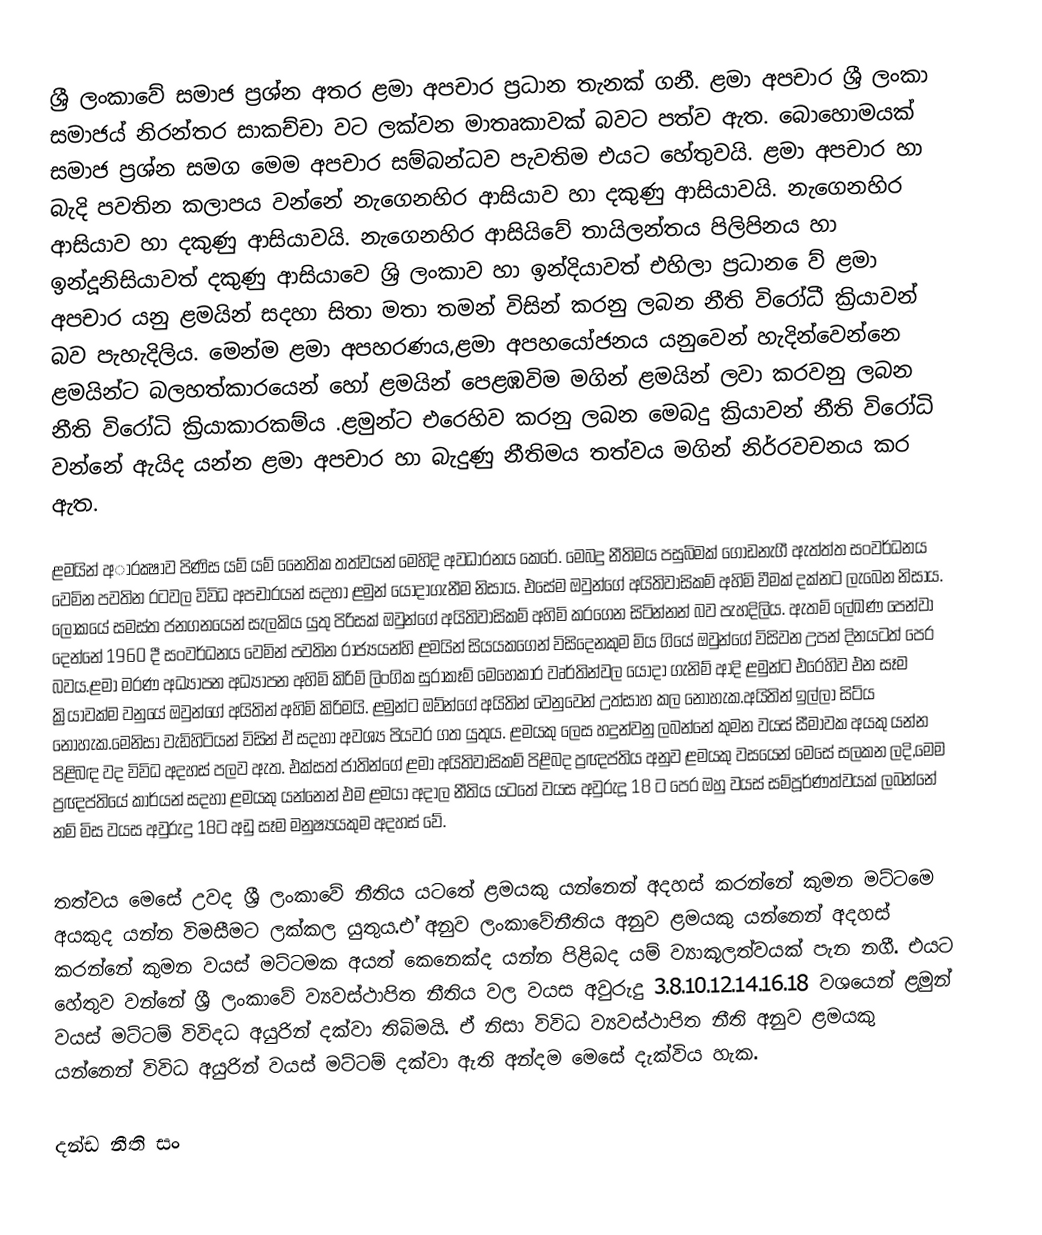
ශ්‍රී ලංකාවේ සමාජ ප්‍රශ්න අතර ළමා අපචාර ප්‍රධාන තැනක් ගනී. ළමා අපචාර ශ්‍රී ලංකා සමාජය් නිරන්තර සාකච්චා වට ලක්වන මාතෘකාවක් බවට පත්ව ඇත. බොහොමයක් සමාජ ප්‍රශ්න සමග මෙ‍ම අපචාර සම්බන්ධව පැවතිම එයට හේතුවයි. ළමා අපචාර හා බැදි පවතින කලාපය වන්නේ නැගෙනහිර ආසියාව හා දකුණු ආසියාවයි. නැගෙනහිර ආසියාව හා දකුණු ආසියාවයි. නැගෙනහිර ආසියිවේ තායිලන්තය පිලිපිනය හා ඉන්දූනිසියාවත් දකුණු ආසියාවෙ ශ්‍රි ලංකාව හා ඉන්දියාවත් එහිලා ප්‍රධාන ෙව් ළමා අපචාර යනු ළමයින් සදහා සිතා මතා තමන්  විසින් කරනු ලබන නීති විරෝධී ක්‍රියාවන් බව පැහැදිලිය. මෙන්ම ළමා අපහරණය,ළමා අපහයෝජනය යනුවෙන් හැදින්වෙන්නෙ ළමයින්ට බලහත්කාරයෙන්  හෝ ළමයින් පෙළඹවිම මගින් ළමයින් ලවා කරවනු ලබන නීති විරෝධි ක්‍රියාකාරකම්ය .ළමුන්ට ‍එරෙහිව කරනු ලබන මෙබදු ක්‍රියාවන් නීති විරෝධි වන්නේ ඇයිද යන්න ළමා අපචාර හා බැදුණු නීතිමය තත්වය මගින් නිර්‍රවචනය කර ඇත.

ළමයින් අාරක්‍ෂාව පිණිස යම්‍ යම්‍ නෛතික තත්වයන් මෙහිදි අවධාරනය කෙරේ. මෙබදු නීතිමය පසුබිමක් ගොඩනැගී ඇත්ත්‍ත සංවර්ධනය වෙමින පවතින රටවල විවිධ අපචාරයන් සදහා ළමුන් යොදාගැනීම නිසාය. එසේම ඔවුන්ගේ අයිතිවාසිකම්‍ අහිමි වීමක් දක්නට ලැබෙන නිසාය. ලෝකයේ සමස්ත ජනගනයෙන් සැලකිය යුතු පිරිසක් ඔවුන්ගේ අයිතිවාසිකම්‍ අහිමි කරගෙන සිටින්නන් බව පැහදිලිය. ඇතම්‍ ලේඛණ‍ පෙන්වා දෙන්නේ 1960 දී සංවර්ධනය වෙමින් පවතින රාජ්‍යයන්හි ළමයින් සියයකගෙන් විසිදෙනකුම මිය ගියේ ඔවුන්ගේ විසිවන උපන් දිනයටත් පෙර බවය.ළමා මරණ අධ්‍යාපන අධ්‍යාපන අහිමි කිරිම්‍ ලිංගික සුරාකෑම්‍ මෙහෙකාර වෘර්තින්වල යොදා ‍ගැනිම්‍ ආදි ළමුන්ට එරෙහිව එන සෑම ක්‍රියාවක්ම වනුයේ ඔවුන්ගේ අයිතින් අහිමි කිරිමයි. ළමුන්ට ඔව්න්ගේ අයිතින් වෙනුවෙන් උත්සාහ කල නොහැක.අයිතින් ඉල්ලා සිට්ය නොහැක.මෙනිසා වැඩිහිටියන් විසින් ඒ සදහා අවශ්‍ය පියවර ගත යුතුය. ළමයකු ලෙස හදුන්වනු ලබන්නේ කුමන වයස් සීමාවක අයකු යන්න පිළිබඳ වද විවිධ අදහස් පලව ඇත. එක්සත් ජාතින්ගේ ළමා අයිතිවාසිකම්‍ පිළිබද ප්‍රඥප්තිය අනුව ළමයකු වසයෙන් මෙසේ සලකන ලදි,මෙම ප්‍රඥප්තියේ කාර්යන් සදහා ළමයකු  යන්නෙන් එම ළමයා අදාල නීතිය යටතේ වයස අවුරුදූ 18 ට  පෙර ඔහු වයස් සම්‍පූර්ණත්වයක් ලබන්නේ නම්‍ මිස වයස අවුරුදු 18ට අඩු සෑම මනුෂ්‍යයකුම අදහස් ‍වේ‍.

තත්වය මෙසේ උවද ශ්‍රී ලංකාවේ නීතිය  යටතේ ළමයකු යන්නෙන් අදහස් කරන්නේ කුමන මට්‍ටමෙ අයකුද යන්න විමසීමට ලක්කල යුතුය.එ‌් අනුව ලංකාවේනීතිය අනුව ළමයකු යන්නෙන් අදහස් කරන්නේ කුමන වයස් මට්‍ටමක අයත් කෙනෙක්ද යන්න පිළිබද යම්‍ ව්‍යාකූලත්වයක් පැන නගී. එයට හේතුව වන්නේ ශ්‍රී ලංකාවේ ව්‍යවස්ථාපිත නීතිය වල වයස අවුරුදු 3.8.10.12.14.16.18 වශයෙන් ළමුන් වයස් මට්‍ටම්‍ විවිදධ අයුරින් දක්වා තිබිමයි. ඒ නිසා විවිධ ව්‍යවස්ථාපිත නීති අනුව ළමයකු යන්නෙන් විවිධ අයුරින් ව‍යස් මට්‍ටම්‍ දක්වා ඇති අන්දම මෙසේ දැක්විය හැක.

දන්ඩ නීති සං